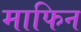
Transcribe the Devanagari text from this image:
माफिन